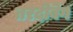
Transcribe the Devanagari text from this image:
तरदीबेग